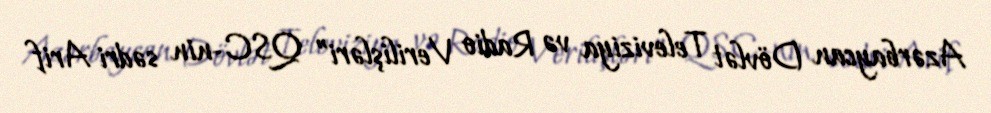
Azərbaycan Dövlət Televiziya və Radio Verilişləri” QSC-nin sədri Arif